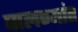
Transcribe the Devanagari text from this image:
घालण्यांत